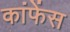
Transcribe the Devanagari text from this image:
कांफेंस